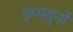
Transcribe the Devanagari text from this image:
इम्मयुनो